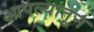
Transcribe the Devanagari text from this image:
आपल्यातून